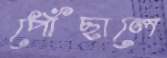
পোঁছালে